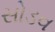
સોડવ